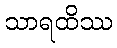
သာရထိဿ